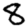
Digit: 8